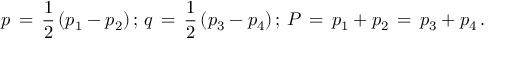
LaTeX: p \, = \, \frac { 1 } { 2 } \, ( p _ { 1 } - p _ { 2 } ) \, ; \, q \, = \, \frac { 1 } { 2 } \, ( p _ { 3 } - p _ { 4 } ) \, ; \, P \, = \, p _ { 1 } + p _ { 2 } \, = \, p _ { 3 } + p _ { 4 } \, .